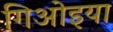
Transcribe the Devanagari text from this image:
गिओइया